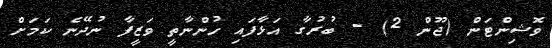
ވޮޝިންޓަން (ޖޫން 2) - ބުރުގާ އަޅާފައި ހުންނާތީ ވަޒީފާ ނުދޭނެ ކަމަށް